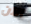
الآن